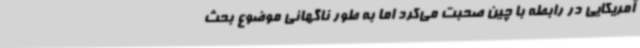
آمریکایی در رابطه با چین صحبت می‌کرد اما به طور ناگهانی موضوع بحث